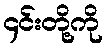
၄င်းတို့ကို